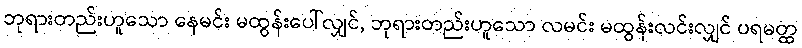
ဘုရားတည်းဟူသော နေမင်း မထွန်းပေါ်လျှင်, ဘုရားတည်းဟူသော လမင်း မထွန်းလင်းလျှင် ပရမတ္ထ